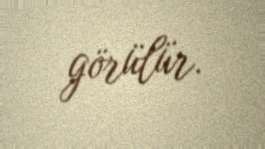
görülür.